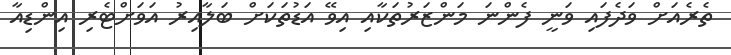
ތެރެއަށް ވަދެފައި ވަނީ ފެންނަ މަންޒަރުތަކާއި އިވޭ އަޑުތަކަށް ބަލާއިރު އަވަށްޓެރި އިންޑިއާ